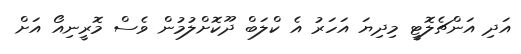
އަދި އަންޗެލޮޓީ މިދިޔަ އަހަރު އެ ކްލަބް ދޫކޮށްލުމުން ވެސް މޮރީނިއޯ އަށް